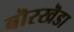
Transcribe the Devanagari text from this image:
बॊरखॆडा